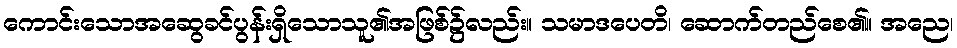
ကောင်းသောအဆွေခင်ပွန်းရှိသောသူ၏အဖြစ်၌လည်း။ သမာဒပေတိ၊ ဆောက်တည်စေ၏။ အညေ၊